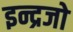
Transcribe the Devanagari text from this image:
इन्द्रजो